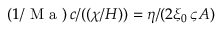
( 1 / \mathrm { ~ M ~ a ~ } ) \, c / ( ( \chi / H ) ) = { \eta } / { ( 2 \xi _ { 0 } \, \varsigma A ) }